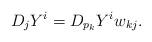
LaTeX: \begin{align*} D_jY^i = D_{p_k}Y^iw_{kj}.\end{align*}